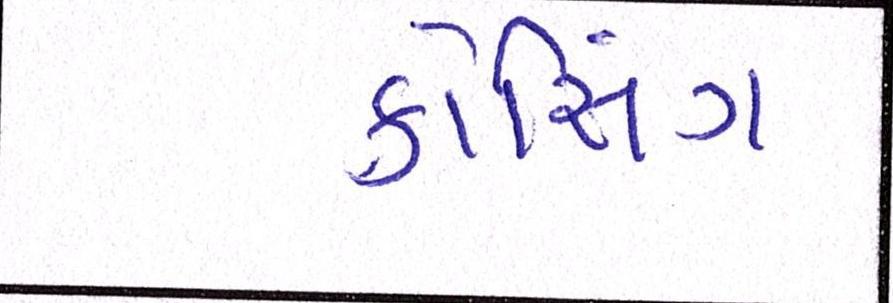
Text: ક્રોસિંગ